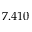
7 . 4 1 0